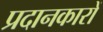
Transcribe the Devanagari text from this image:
प्रदानकारों